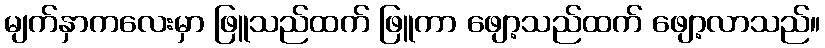
မျက်နှာကလေးမှာ ဖြူသည်ထက် ဖြူကာ ဖျော့သည်ထက် ဖျော့လာသည်။